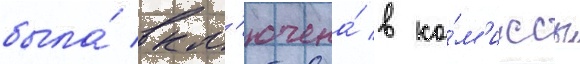
была́ вкл'ючена́ в ко́м'иксы